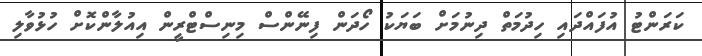
ކަރަންޓު އުފައްދައި ހިދުމަތް ދިނުމަށް ބަޔަކު ހޯދަން ފިނޭންސް މިނިސްޓްރީން އިއުލާންކޮށް ހުޅުވާލި